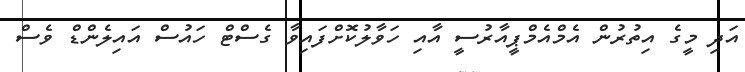
އަދި މީގެ އިތުރުން އެމްއެމްޕީއާރުސީ އާއި ހަވާލުކޮށްފައިވާ ގެސްޓް ހައުސް އައިލެންޑް ވެސް